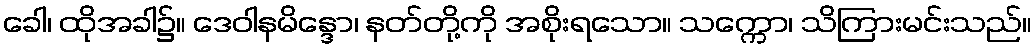
ခေါ၊ ထိုအခါ၌။ ဒေဝါနမိန္ဒော၊ နတ်တို့ကို အစိုးရသော။ သက္ကော၊ သိကြားမင်းသည်။